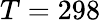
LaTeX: T=298